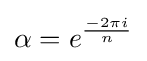
\alpha =e^{\frac {-2\pi i}{n}}